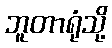
ဘူတာရုံသို့